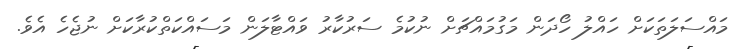
މައްސަލަތަކަށް ހައްލު ހޯދަން މަގުމައްޗަށް ނުކުމެ ސަރުކާރު ވައްޓާލަން މަސައްކަތްކުރާކަށް ނުޖެހެ އެވެ.